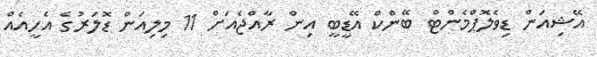
އޭޝިއަން ޑިވެލޮޕްމެންޓް ބޭންކް އޭޑީބީ އިން ރާއްޖެއަށް 11 މިލިއަން ޑޮލަރުގެ އެހީއެއް